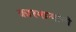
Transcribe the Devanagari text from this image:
कारभार्‍यांची